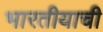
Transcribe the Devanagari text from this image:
भारतीयाची